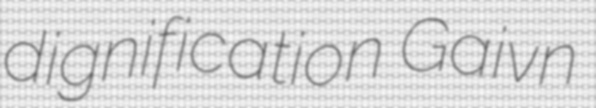
dignification Gaivn